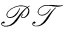
\mathcal { P T }